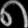
Digit: ၈